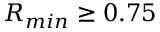
R _ { m i n } \geq 0 . 7 5